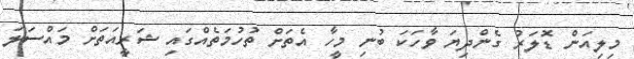
މިލިއަން ޑޮލަރު ގެންދިޔަ ވާހަކަ ބުނި މީހާ އެތަށް ތުހުމަތެއްގައި ޝަރީއަތަށް މައްސަލަ